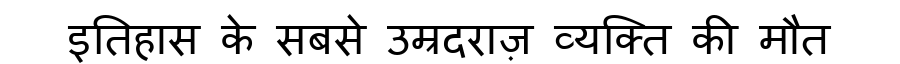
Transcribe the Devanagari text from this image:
इतिहास के सबसे उम्रदराज़ व्यक्ति की मौत